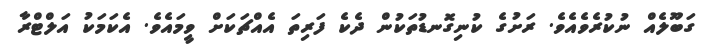
ގަބޫލެއް ނުކުރެވެއެވެ. ރަށުގެ ކުނިގޮނޑުތަކުން ދެކެ ފަރިތަ އެއްޗަކަށް ވީމައެވެ. އެކަމަކު އަލްޓްރާ